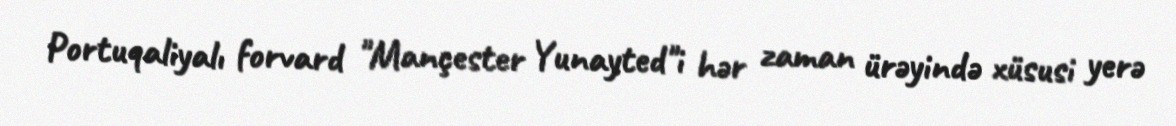
Portuqaliyalı forvard "Mançester Yunayted"i hər zaman ürəyində xüsusi yerə